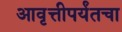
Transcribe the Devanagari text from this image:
आवृत्तीपर्यंतचा